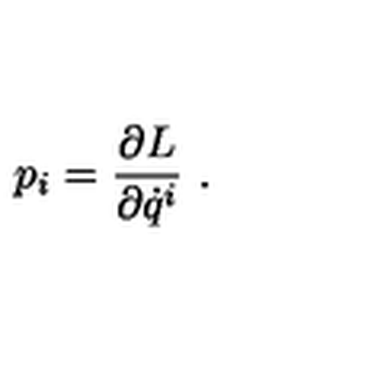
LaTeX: p _ { i } = \frac { \partial L } { \partial \dot { q } ^ { i } } \ .